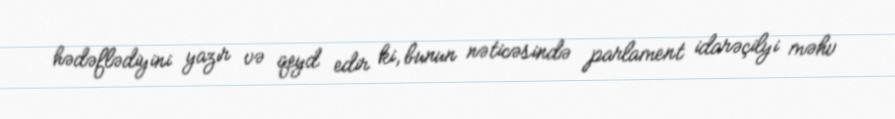
hədəflədiyini yazır və qeyd edir ki, bunun nəticəsində parlament idarəçilyi məhv